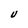
Character: U